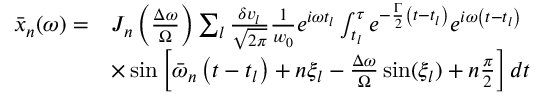
\begin{array} { r l } { \bar { x } _ { n } ( \omega ) = } & { J _ { n } \left( \frac { \Delta \omega } { \Omega } \right) \sum _ { l } \frac { \delta v _ { l } } { \sqrt { 2 \pi } } \frac { 1 } { w _ { 0 } } e ^ { i \omega t _ { l } } \int _ { t _ { l } } ^ { \tau } e ^ { - \frac { \Gamma } { 2 } \left( t - t _ { l } \right) } e ^ { i \omega \left( t - t _ { l } \right) } } \\ & { \times \sin \left[ \bar { \omega } _ { n } \left( t - t _ { l } \right) + n \xi _ { l } - \frac { \Delta \omega } { \Omega } \sin ( \xi _ { l } ) + n \frac { \pi } { 2 } \right] d t } \end{array}